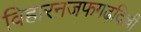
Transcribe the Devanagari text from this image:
विहारनजफगढ़दिल्ली